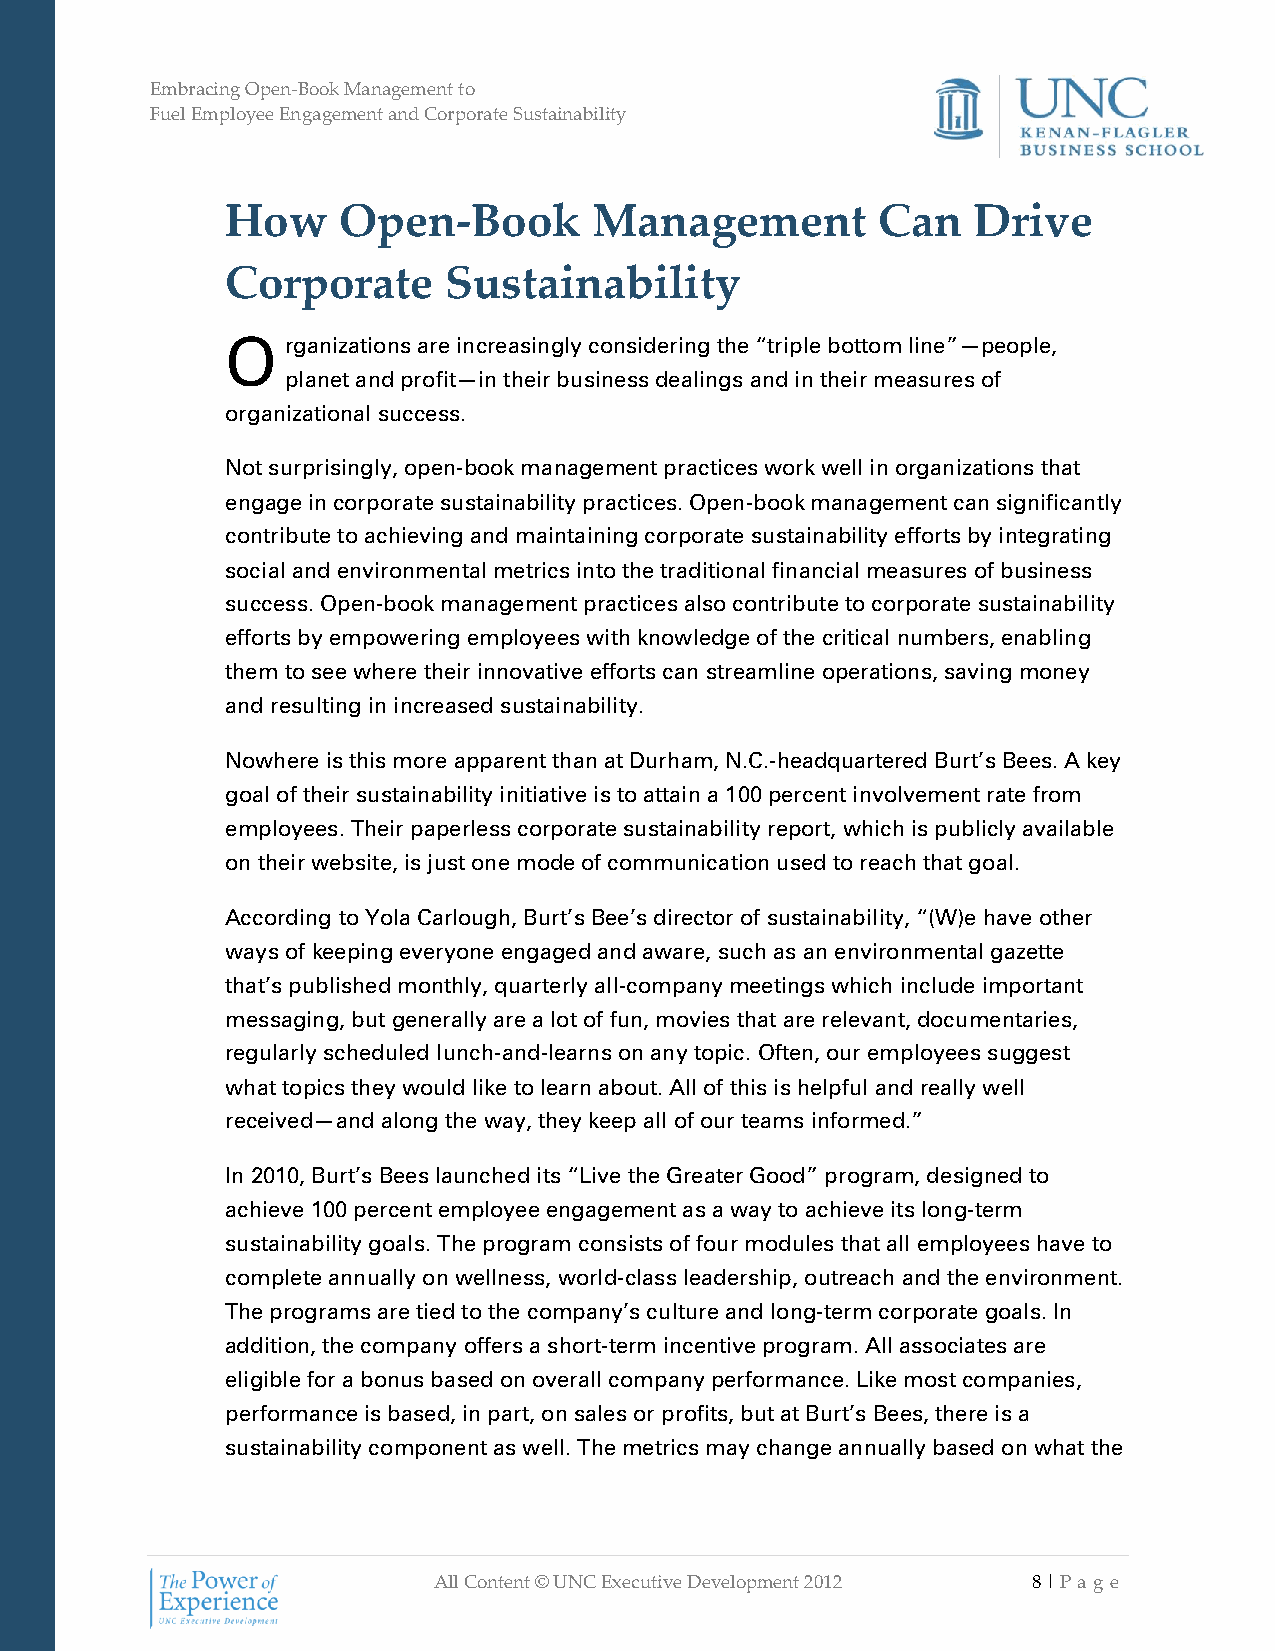
Embracing Open-Book Management to
 Fuel Employee Engagement and Corporate Sustainability
 How    Open-Book        Management         Can   Drive
 Corporate     Sustainability
 O   rganizations are increasingly considering the “triple bottom line”—people,
 planet and profit—in their business dealings and in their measures of
 organizational success.
 Not surprisingly, open-book management practices work well in organizations that
 engage in corporate sustainability practices. Open-book management can significantly
 contribute to achieving and maintaining corporate sustainability efforts by integrating
 social and environmental metrics into the traditional financial measures of business
 success. Open-book management practices also contribute to corporate sustainability
 efforts by empowering employees with knowledge of the critical numbers, enabling
 them to see where their innovative efforts can streamline operations, saving money
 and resulting in increased sustainability.
 Nowhere is this more apparent than at Durham, N.C.-headquartered Burt’s Bees. A key
 goal of their sustainability initiative is to attain a 100 percent involvement rate from
 employees. Their paperless corporate sustainability report, which is publicly available
 on their website, is just one mode of communication used to reach that goal.
 According to Yola Carlough, Burt’s Bee’s director of sustainability, “(W)e have other
 ways of keeping everyone engaged and aware, such as an environmental gazette
 that’s published monthly, quarterly all-company meetings which include important
 messaging, but generally are a lot of fun, movies that are relevant, documentaries,
 regularly scheduled lunch-and-learns on any topic. Often, our employees suggest
 what topics they would like to learn about. All of this is helpful and really well
 received—and along the way, they keep all of our teams informed.”
 In 2010, Burt’s Bees launched its “Live the Greater Good” program, designed to
 achieve 100 percent employee engagement as a way to achieve its long-term
 sustainability goals. The program consists of four modules that all employees have to
 complete annually on wellness, world-class leadership, outreach and the environment.
 The programs are tied to the company’s culture and long-term corporate goals. In
 addition, the company offers a short-term incentive program. All associates are
 eligible for a bonus based on overall company performance. Like most companies,
 performance is based, in part, on sales or profits, but at Burt’s Bees, there is a
 sustainability component as well. The metrics may change annually based on what the
 All Content © UNC Executive Development 2012 8 | Pa ge